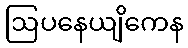
ဩပနေယျိကေန